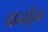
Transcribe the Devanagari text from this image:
ब्राजी़ल